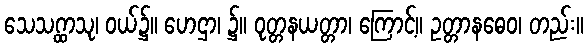
သေသဂ္ထာသု၊ ဝယ်၌။ ဟေဌာ၊ ၌။ ဝုတ္တနယတ္တာ၊ ကြောင့်။ ဥတ္တာနဓေဝ၊ တည်း။